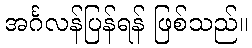
အင်္ဂလန်ပြန်ရန် ဖြစ်သည်။